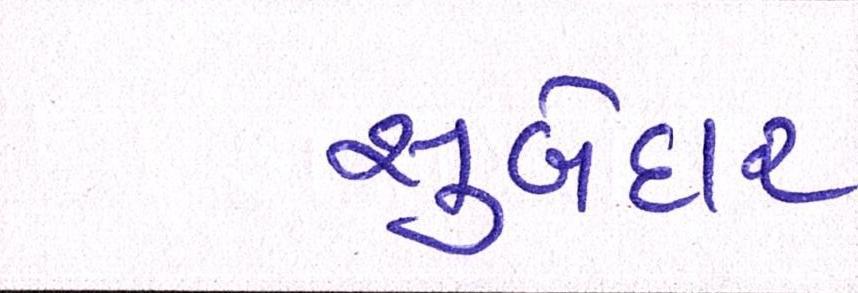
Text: સુબેદાર